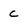
Character: C